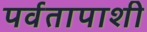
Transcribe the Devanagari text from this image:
पर्वतापाशी